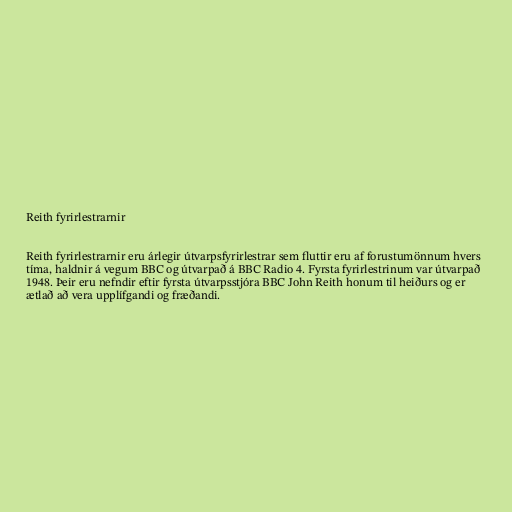
Reith fyrirlestrarnir

Reith fyrirlestrarnir eru árlegir útvarpsfyrirlestrar sem fluttir eru af forustumönnum hvers
tíma, haldnir á vegum BBC og útvarpað á BBC Radio 4. Fyrsta fyrirlestrinum var útvarpað
1948. Þeir eru nefndir eftir fyrsta útvarpsstjóra BBC John Reith honum til heiðurs og er
ætlað að vera upplífgandi og fræðandi.